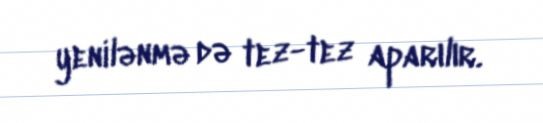
yenilənmə də tez-tez aparılır.